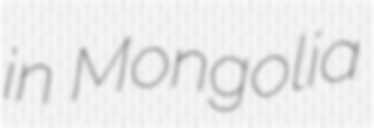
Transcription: in Mongolia